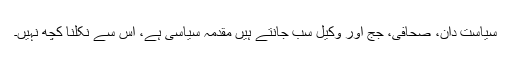
سیاست دان، صحافی، جج اور وکیل سب جانتے ہیں مقدمہ سیاسی ہے، اس سے نکلنا کچھ نہیں۔